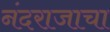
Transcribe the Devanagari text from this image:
नंदराजाचा